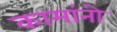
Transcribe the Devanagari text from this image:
कामांनो